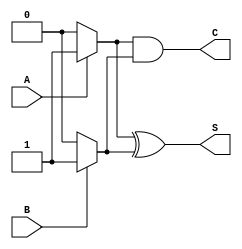
module current_mode_half_adder (
    input wire A,  // Input A
    input wire B,  // Input B
    output wire S, // Sum output
    output wire C  // Carry output
);

// Internal signals for current representation
wire A_current; // Current representation of A
wire B_current; // Current representation of B

// Logic for current representation
assign A_current = A ? 1'b1 : 1'b0; // Logic high current if A is 1
assign B_current = B ? 1'b1 : 1'b0; // Logic high current if B is 1

// Sum output (S) is A XOR B
assign S = A_current ^ B_current; // Sum current based on XOR logic

// Carry output (C) is A AND B
assign C = A_current & B_current; // Carry current based on AND logic

endmodule